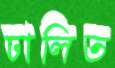
ঢালিত